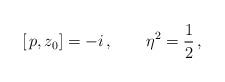
LaTeX: \begin{align*}\left[\,p , z_0\right]= -i\,,\qquad \eta^2=\frac 1 2\,,\end{align*}